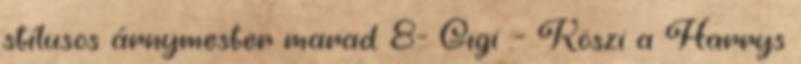
stílusos árnymester marad. 8- Gigi :- Köszi a Harrys